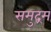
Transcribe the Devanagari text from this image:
समुद्रम